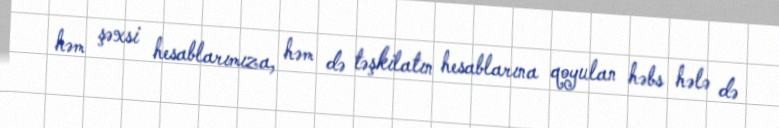
həm şəxsi hesablarımıza, həm də təşkilatın hesablarına qoyulan həbs hələ də